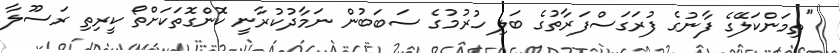
"ތިމަންކަލޭގެ ފާނުގެ ފުރަގަސްފަރާތުގެ ބަލި ހުރުމުގެ ސަބަބުން ނަމާދުކުރާނީ ކޮންގޮތަކަށްތޯ ކީރިތި ރަސޫލާ